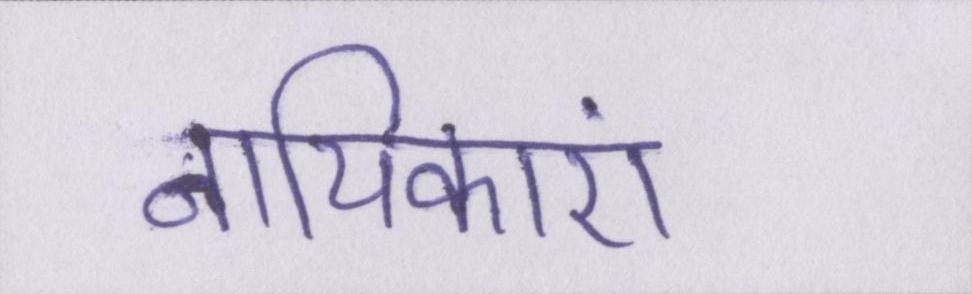
नायिकाएं